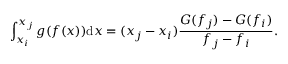
\int _ { x _ { i } } ^ { x _ { j } } g ( f ( x ) ) \mathrm { d } x = ( x _ { j } - x _ { i } ) \frac { G ( f _ { j } ) - G ( f _ { i } ) } { f _ { j } - f _ { i } } .